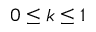
0 \leq k \leq 1